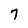
Character: 7